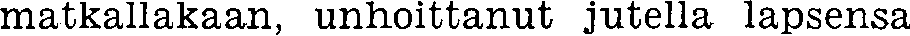
matkallakaan, unhoittanut jutella lapsensa